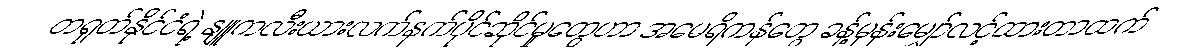
တရုတ်နိုင်ငံရဲ့ နျူကလီးယားလက်နက်ပိုင်ဆိုင်မှုတွေဟာ အမေရိကန်တွေ ခန့်မှန်းမျှော်လင့်ထားတာထက်